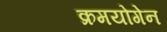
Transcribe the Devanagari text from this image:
क्रमयोगेन